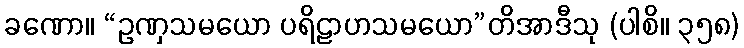
ခဏော။ “ဥဏှသမယော ပရိဠာဟသမယော”တိအာဒီသု (ပါစိ။ ၃၅၈)